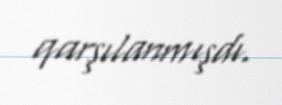
qarşılanmışdı.